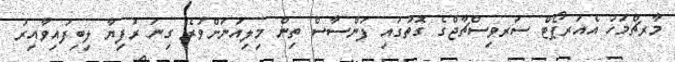
މާރޗްމަހު އެއަރޕޯޓް ސަރވިސްޗާޖްގެ ގޮތުގައި ފަންސާސް ތިން މިލިއަނަށްވުރެ ގިނަ ރުފިޔާ ލިބިފައިވާއިރު